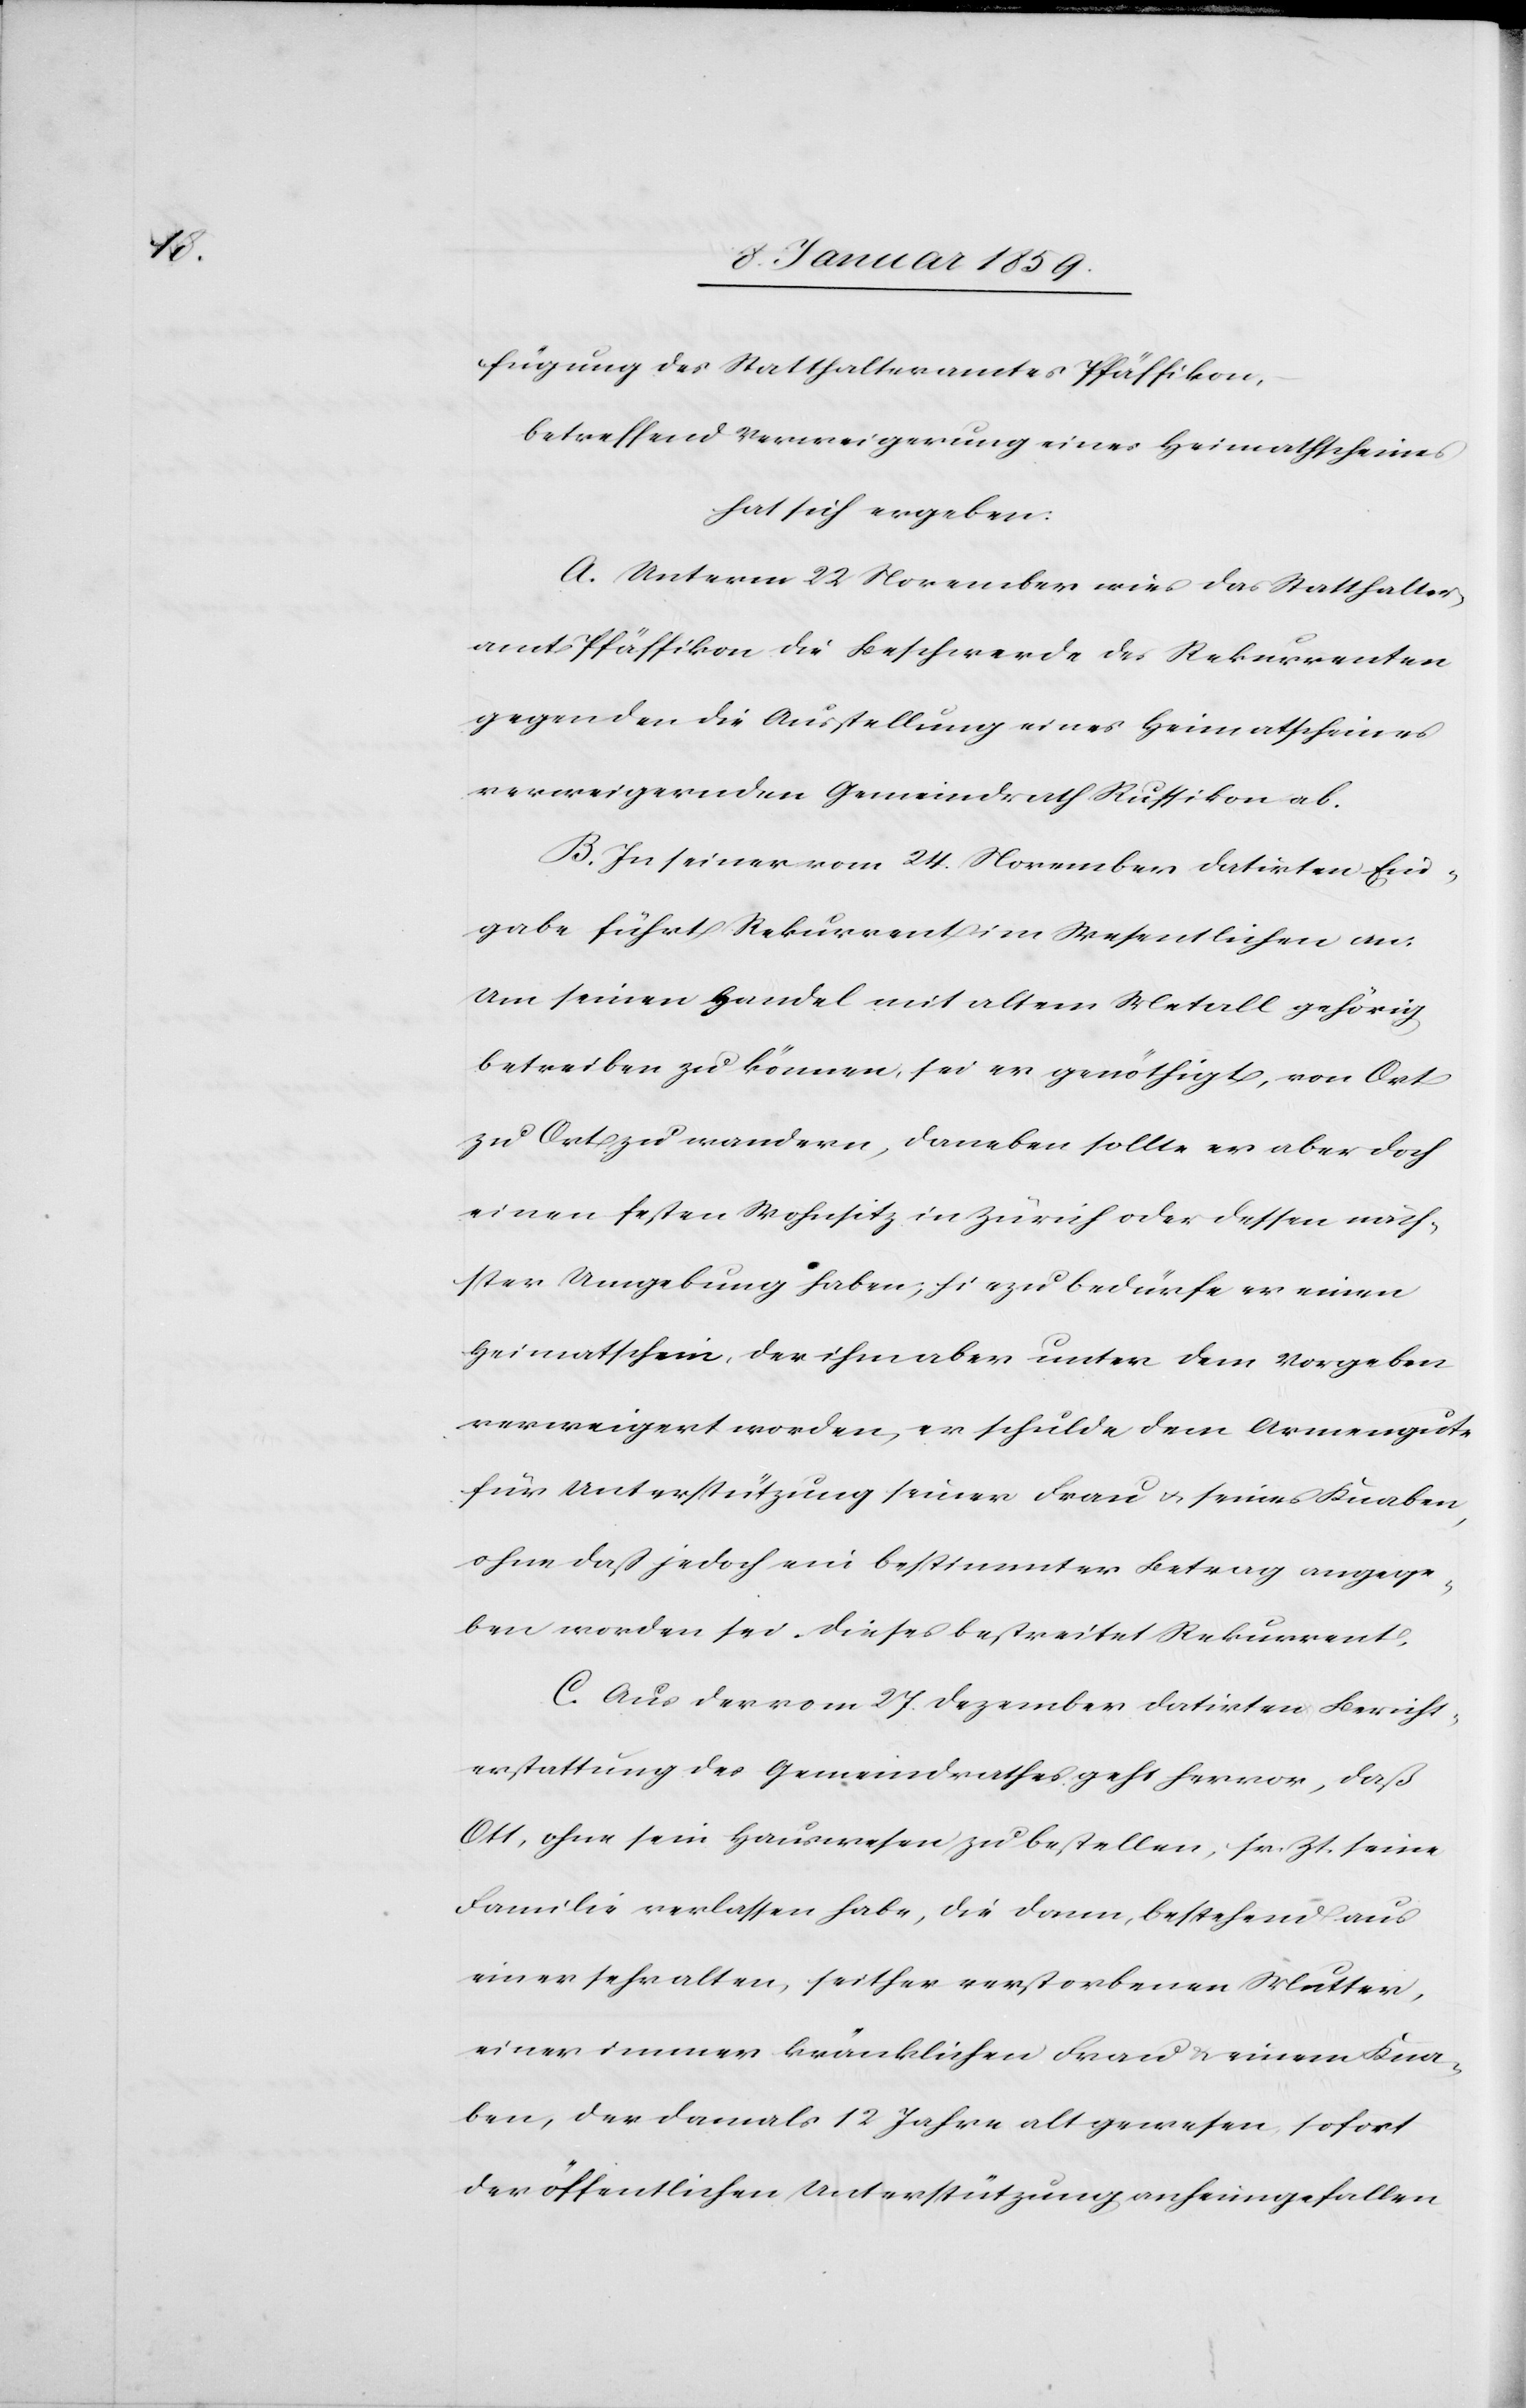
fügung des Statthalteramtes Pfäffikon,
betreffend Verweigerung eines Heimathscheines
hat sich ergeben:
A. Unterm 22 November wies das Statthalter¬
amt Pfäffikon die Beschwerde des Rekurrenten
gegen den die Ausstellung eines Heimatscheines
verweigernden Gemeindrath Russikon ab.
B. In seiner vom 24. November datirten Ein¬
gabe führt Rekurrent im Wesentlichen an:
Um seinen Handel mit altem Metall gehörig
betreiben zu können, sei er genöthigt, von Ort
zu Ort zu wandern, daneben sollte er aber doch
einen festen Wohnsitz in Zürich oder dessen näch¬
ster Umgebung haben; hiezu bedürfe er einen
Heimatschein, der ihm aber unter dem Vorgeben
verweigert worden, er schulde dem Armengute
für Unterstützung seiner Frau u. seines Knaben,
ohne daß jedoch ein bestimmter Betrag angege¬
ben worden sei. Dieses bestreitet Rekurrent.
C. Aus der vom 27. Dezember datirten Bericht¬
erstattung des Gemeinderathes geht hervor, daß
Ott, ohne sein Hauswesen zu bestellen, sr. Zt. seine
Familie verlassen habe, die dann, bestehend aus
einer sehr alten seither verstorbenen Mutter,
einer immer kränklichen Frau u. einem Kna¬
ben, der damals 12 Jahre alt gewesen, sofort
der öffentlichen Unterstützung anheimgefallen